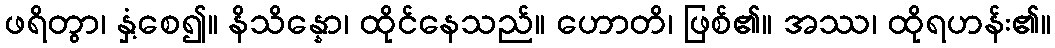
ဖရိတွာ၊ နှံ့စေ၍။ နိသိန္နော၊ ထိုင်နေသည်။ ဟောတိ၊ ဖြစ်၏။ အဿ၊ ထိုရဟန်း၏။